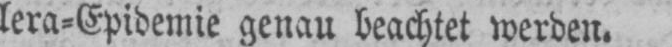
lera⸗Epidemie genau beachtet werden.